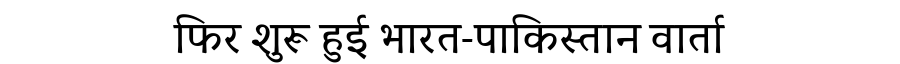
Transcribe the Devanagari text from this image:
फिर शुरू हुई भारत-पाकिस्तान वार्ता